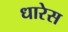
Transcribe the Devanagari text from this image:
धारेस